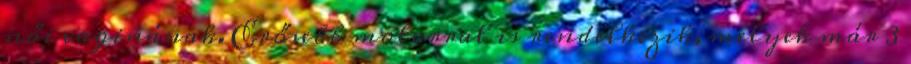
női vaginának. Erősebb motorral is rendelkezik, melyek már 3